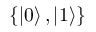
\left\{ \left| 0 \right\rangle , \left| 1 \right\rangle \right\}